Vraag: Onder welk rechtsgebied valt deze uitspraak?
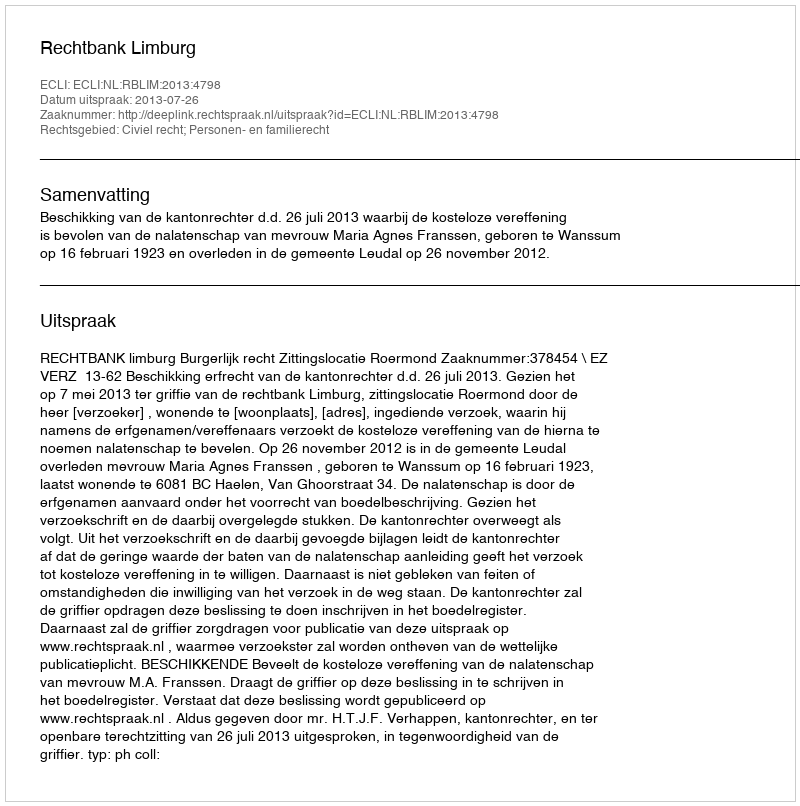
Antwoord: Civiel recht; Personen- en familierecht